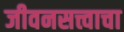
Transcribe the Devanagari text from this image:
जीवनसत्त्वाचा